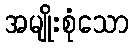
အမျိုးစုံသော